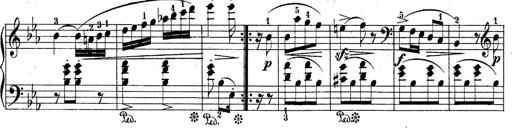
Title: 10 Sonatines progressives
Composer: Anton Schmoll